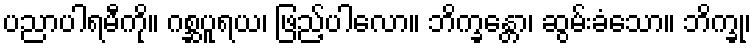
ပညာပါရမီကို။ ဂစ္ဆပူရယ၊ ဖြည့်ပါလော။ ဘိက္ခန္တော၊ ဆွမ်းခံသော။ ဘိက္ခု၊